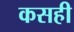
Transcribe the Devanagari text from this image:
कसही